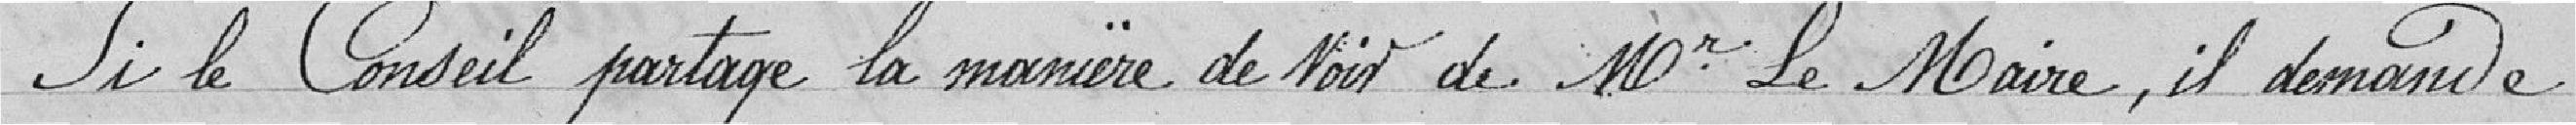
si